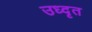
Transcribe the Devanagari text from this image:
उध्दृत